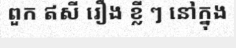
ពួក ឥសី រឿង ខ្លី ៗ នៅក្នុង